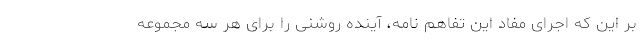
بر این که اجرای مفاد این تفاهم نامه، آینده روشنی را برای هر سه مجموعه